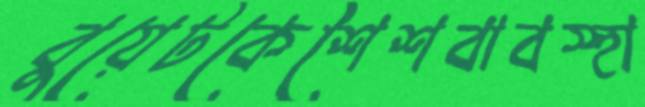
বুয়েটকেশৈশবাবস্হা